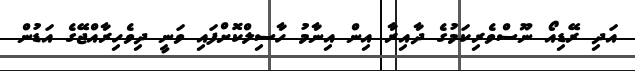
އަދި ރޭޑިއޯ ނޫސްވެރިކަމުގެ ދާއިރާ އިން އިނާމުު ހާސިލްކޮށްފައި ވަނީ ދިވެހިރާއްޖޭގެ އަޑުން